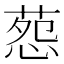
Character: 葾